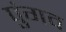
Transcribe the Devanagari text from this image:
पुंगव